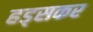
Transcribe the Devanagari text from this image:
हड्सकर